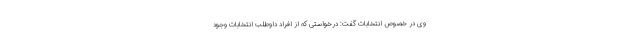
وی در خصوص انتخابات گفت: درخواستی که از افراد داوطلب انتخابات وجود